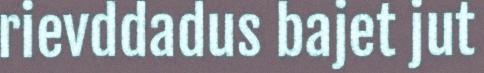
rievddadus bajet jut